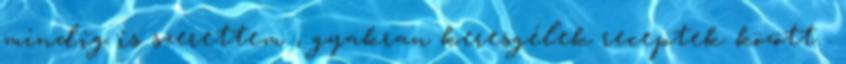
mindig is szerettem , gyakran keresgélek receptek között .